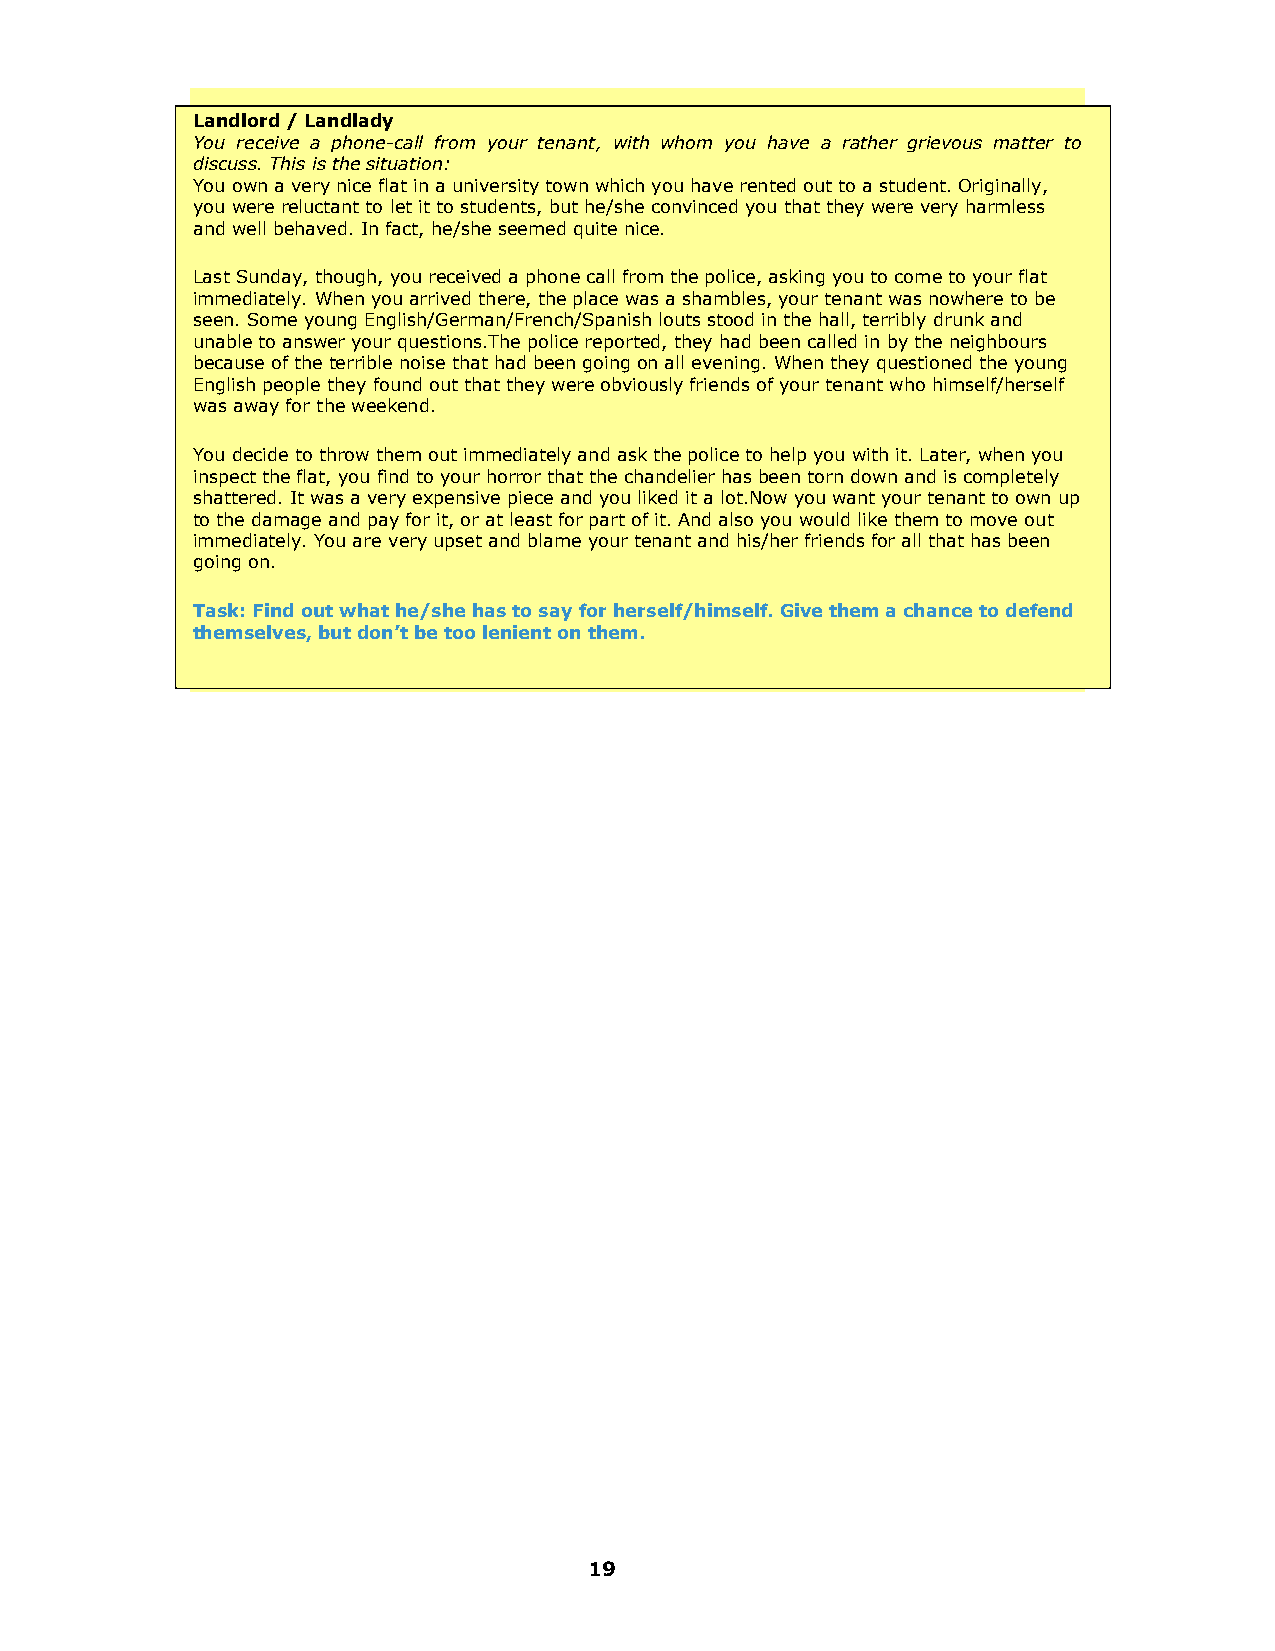
Landlord / Landlady
 You receive a phone-call from your tenant, with whom you have a rather grievous matter to
 discuss. This is the situation:
 You own a very nice flat in a university town which you have rented out to a student. Originally,
 you were reluctant to let it to students, but he/she convinced you that they were very harmless
 and well behaved. In fact, he/she seemed quite nice.
 Last Sunday, though, you received a phone call from the police, asking you to come to your flat
 immediately. When you arrived there, the place was a shambles, your tenant was nowhere to be
 seen. Some young English/German/French/Spanish louts stood in the hall, terribly drunk and
 unable to answer your questions.The police reported, they had been called in by the neighbours
 because of the terrible noise that had been going on all evening. When they questioned the young
 English people they found out that they were obviously friends of your tenant who himself/herself
 was away for the weekend.
 You decide to throw them out immediately and ask the police to help you with it. Later, when you
 inspect the flat, you find to your horror that the chandelier has been torn down and is completely
 shattered. It was a very expensive piece and you liked it a lot.Now you want your tenant to own up
 to the damage and pay for it, or at least for part of it. And also you would like them to move out
 immediately. You are very upset and blame your tenant and his/her friends for all that has been
 going on.
 Task: Find out what he/she has to say for herself/himself. Give them a chance to defend
 themselves, but don’t be too lenient on them.
 19